Scottish Leaving Certificate Examination, 1958
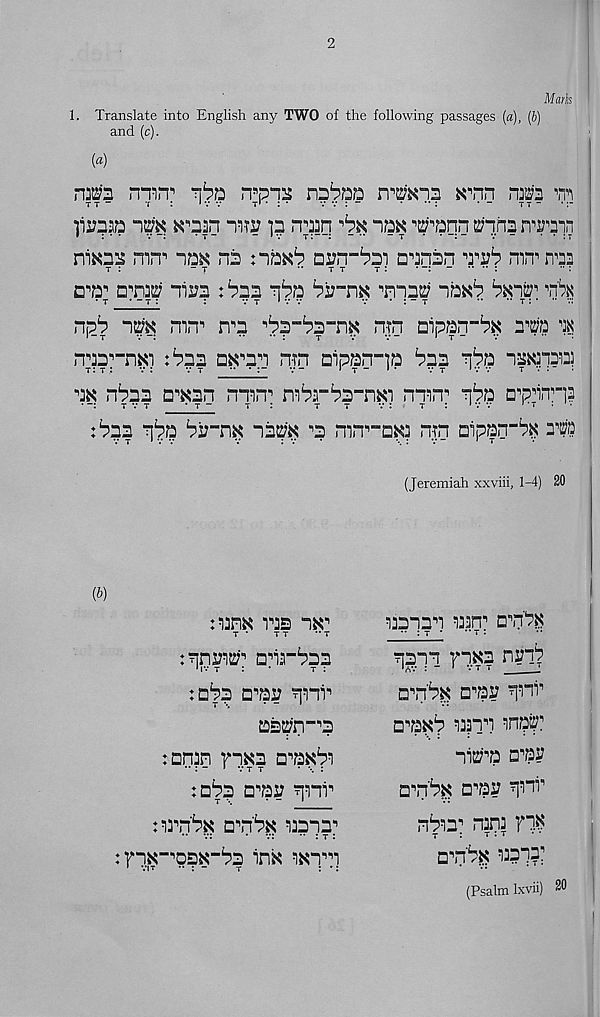
2
Mark
1. Translate into English any TWO of the following passages (a), (b)
and (c).
(a)
nra rmrr
irpnu
wmiz K^nn nm vn
T T -
7 :
1 v v
T’ * : *
v v : -
• ** :
• -
t t ~ *
niw p npq
“iqn ppqn ctfqnn
niKnaa nin 11
ns nb^ arn-bsi a^nsn
miriraa
T :
- T
•*
T T
T :
...
□^nas; nirs : bns n^b bi;"n^ "nnss; nb^b
^
■ t ’ - t :
:
v t ' v v
v • : - t
•* " t : * " v:
np^ “im nin" np
n ; ?n aipan-b^ spb l m
nbb^-nxi :b2i DKpn nrn Dipan-ib bss q^a lasw™
bK nbaas a^sn nmn s mba-ba-nm man" q^a D , pqn , “|3
:b53 q^a
nb^ p mn^-QKa np aipan-^ anm
(Jeremiah xxviii, 1-4) 20
nanN ras ix'
T *
T T
*• T
:qnjfiEq ana-baa
:aba dpi: qann
as^n-p
:an?n n^a ap^ba
:aba apa: qHi n
napb^: apb^: aaaqa^
:fnx“PDX“ba in« wn^n
aaanan aasn 11 apbK
• : t • *’ t :
qaqq qq.Ka n?qb
apb^ api: qani 1
apKb aaaqq anp^1
nPp apy
apb^ apr qpi 1
nbaa" nana p?
T : T . T
apb$ aaaqa;
(Psalm Ixvii) 20